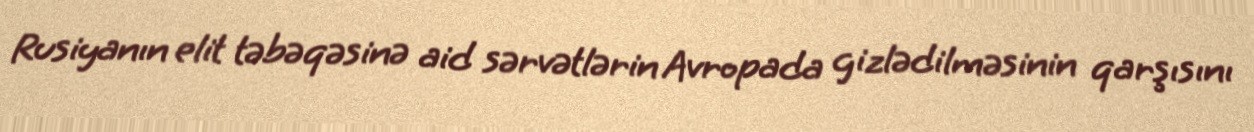
Rusiyanın elit təbəqəsinə aid sərvətlərin Avropada gizlədilməsinin qarşısını